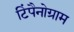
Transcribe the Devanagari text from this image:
टिंपैनोग्राम